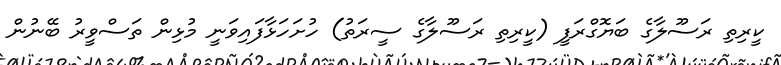
ކީރިތި ރަސޫލާގެ ބަޔޮގްރަފީ (ކީރިތި ރަސޫލާގެ ސީރަތު) ހުށަހަޅާފައިވަނީ މުޅިން ތަސްވީރު ބޭނުން